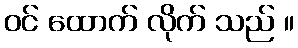
ဝင် ထောက် လိုက် သည် ။